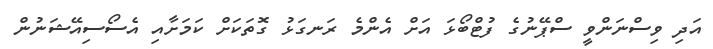
އަދި ވިސްނަންވީ ސްޕޭނުގެ ފުޓްބޯޅަ އަށް އެންމެ ރަނގަޅު ގޮތަކަށް ކަމަށާއި އެސޯސިއޭޝަނުން